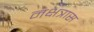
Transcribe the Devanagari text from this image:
नक्षत्रास